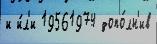
и и́л'и 19561974 допо́лн'ив